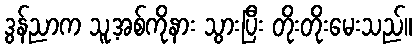
ဒွန်ညာက သူ့အစ်ကိုနား သွားပြီး တိုးတိုးမေးသည်။